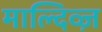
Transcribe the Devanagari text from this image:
माल्दिव्ज़